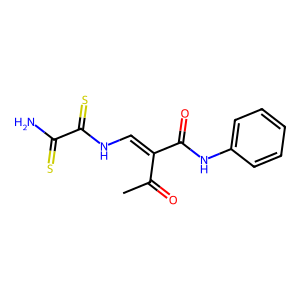
SMILES: CC(=O)C(=CNC(=S)C(N)=S)C(=O)Nc1ccccc1
Inhibits HIV replication: No